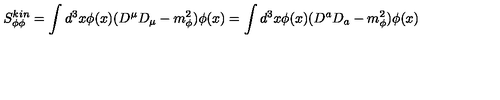
S _ { \phi \phi } ^ { k i n } = \int d ^ { 3 } x \phi ( x ) ( D ^ { \mu } D _ { \mu } - m _ { \phi } ^ { 2 } ) \phi ( x ) = \int d ^ { 3 } x \phi ( x ) ( D ^ { a } D _ { a } - m _ { \phi } ^ { 2 } ) \phi ( x )